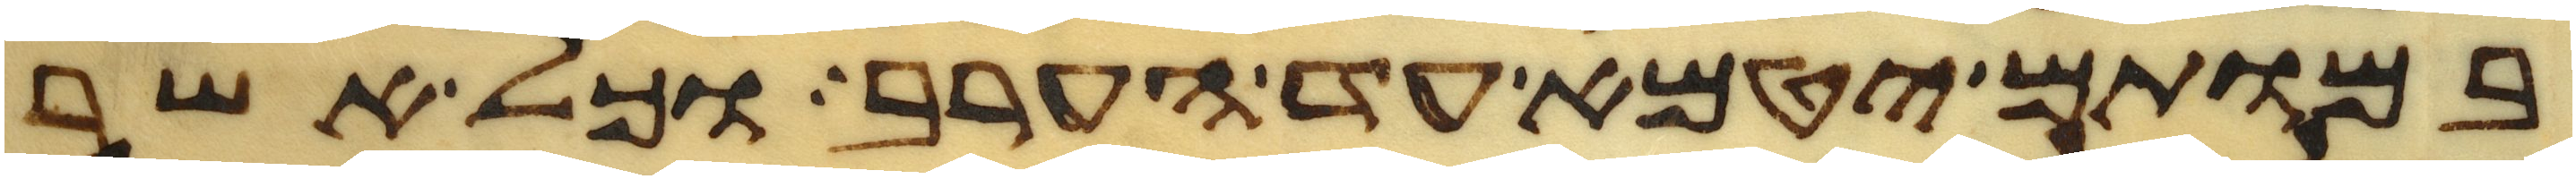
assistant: במותם יטמא עד הערב וכל אשר